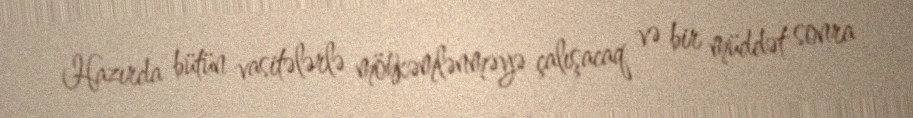
Hazırda bütün vasitələrlə möhkəmlənməyə çalışacaq və bir müddət sonra